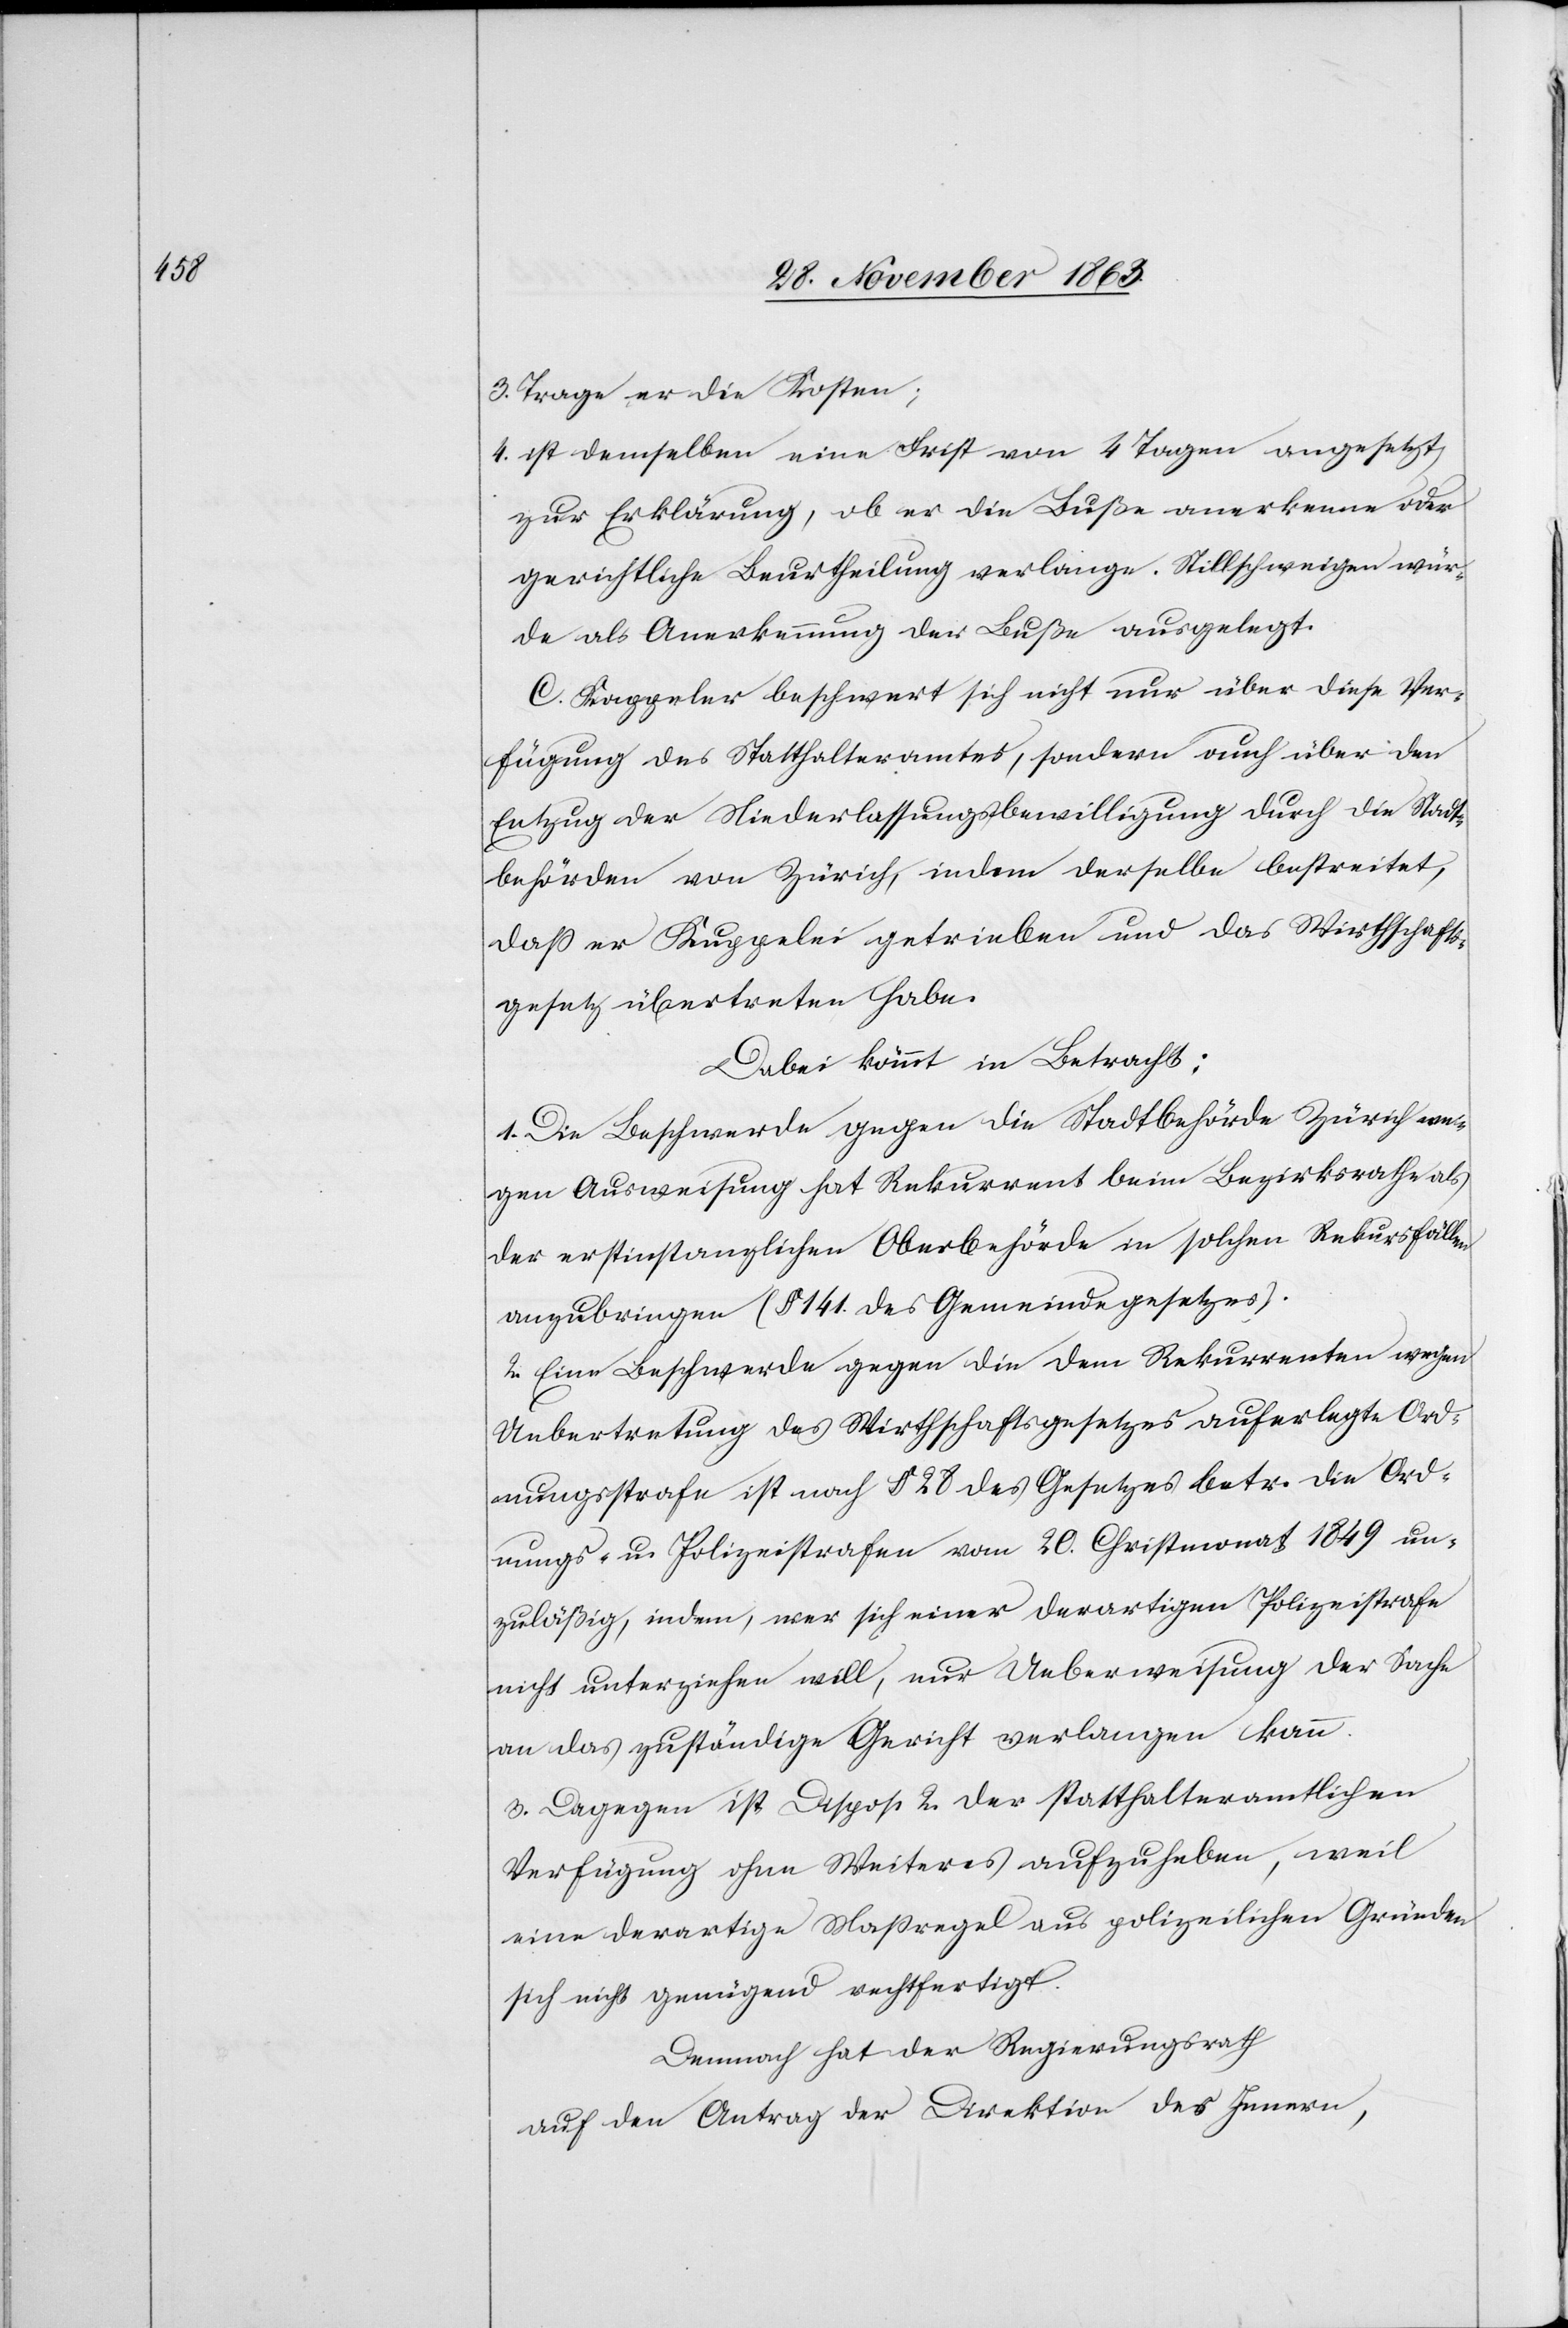
3. Trage er die Kosten;
4. ist demselben eine Frist von 4 Tagen angesetzt
zur Erklärung, ob er die Buße anerkenne oder
gerichtliche Beurtheilung verlange. Stillschweigen wür¬
de als Anerkennung der Buße ausgelegt.
C. Kappeler beschwert sich nicht nur über diese Ver¬
fügung des Statthalteramtes, sondern auch über den
Entzug der Niederlassungsbewilligung durch die Stadt¬
behörden von Zürich, indem derselbe bestreite,
dass er Kuppelei getrieben und das Wirthschafts¬
gesetz übertreten habe.
Dabei kömmt in Betracht:
1. Die Beschwerde gegen die Stadtbehörde Zürich we¬
gen Ausweisung hat Rekurrent beim Bezirksrathe als
der erstinstanzlichen Oberbehörde in solchen Rekursfällen
anzubringen (§ 141. des Gemeindegesetzes).
2. Eine Beschwerde gegen die dem Rekurrenten wegen
Uebertretung des Wirthschaftsgesetzes auferlegte Ord¬
nungsstrafe ist nach § 28 des Gesetzes betr. die Ord¬
nungs- u. Polizeistrafen vom 20. Christmonat 1849 un¬
zuläßig, indem, wer sich einer derartigen Polizeistrafe
nicht unterziehen will, nur Ueberweisung der Sache
an das zuständige Gericht verlangen kann.
3. Dagegen ist Dispos. 2 der statthalteramtlichen
Verfügung ohne Weiteres aufzuheben, weil
eine derartige Massregel aus polizeilichen Gründen
sich nicht genügend rechtfertigt.
Demnach hat der Regierungsrath
auf den Antrag der Direktion des Innern,